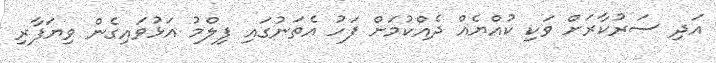
އަދި ސަރުކާރަށް ވަކި ކުއްޔެއް ދެއްކުމަށް ފަހު އެތަނުގައި ފިލްމު އަޅުވައިގެން ވިޔަފާރި